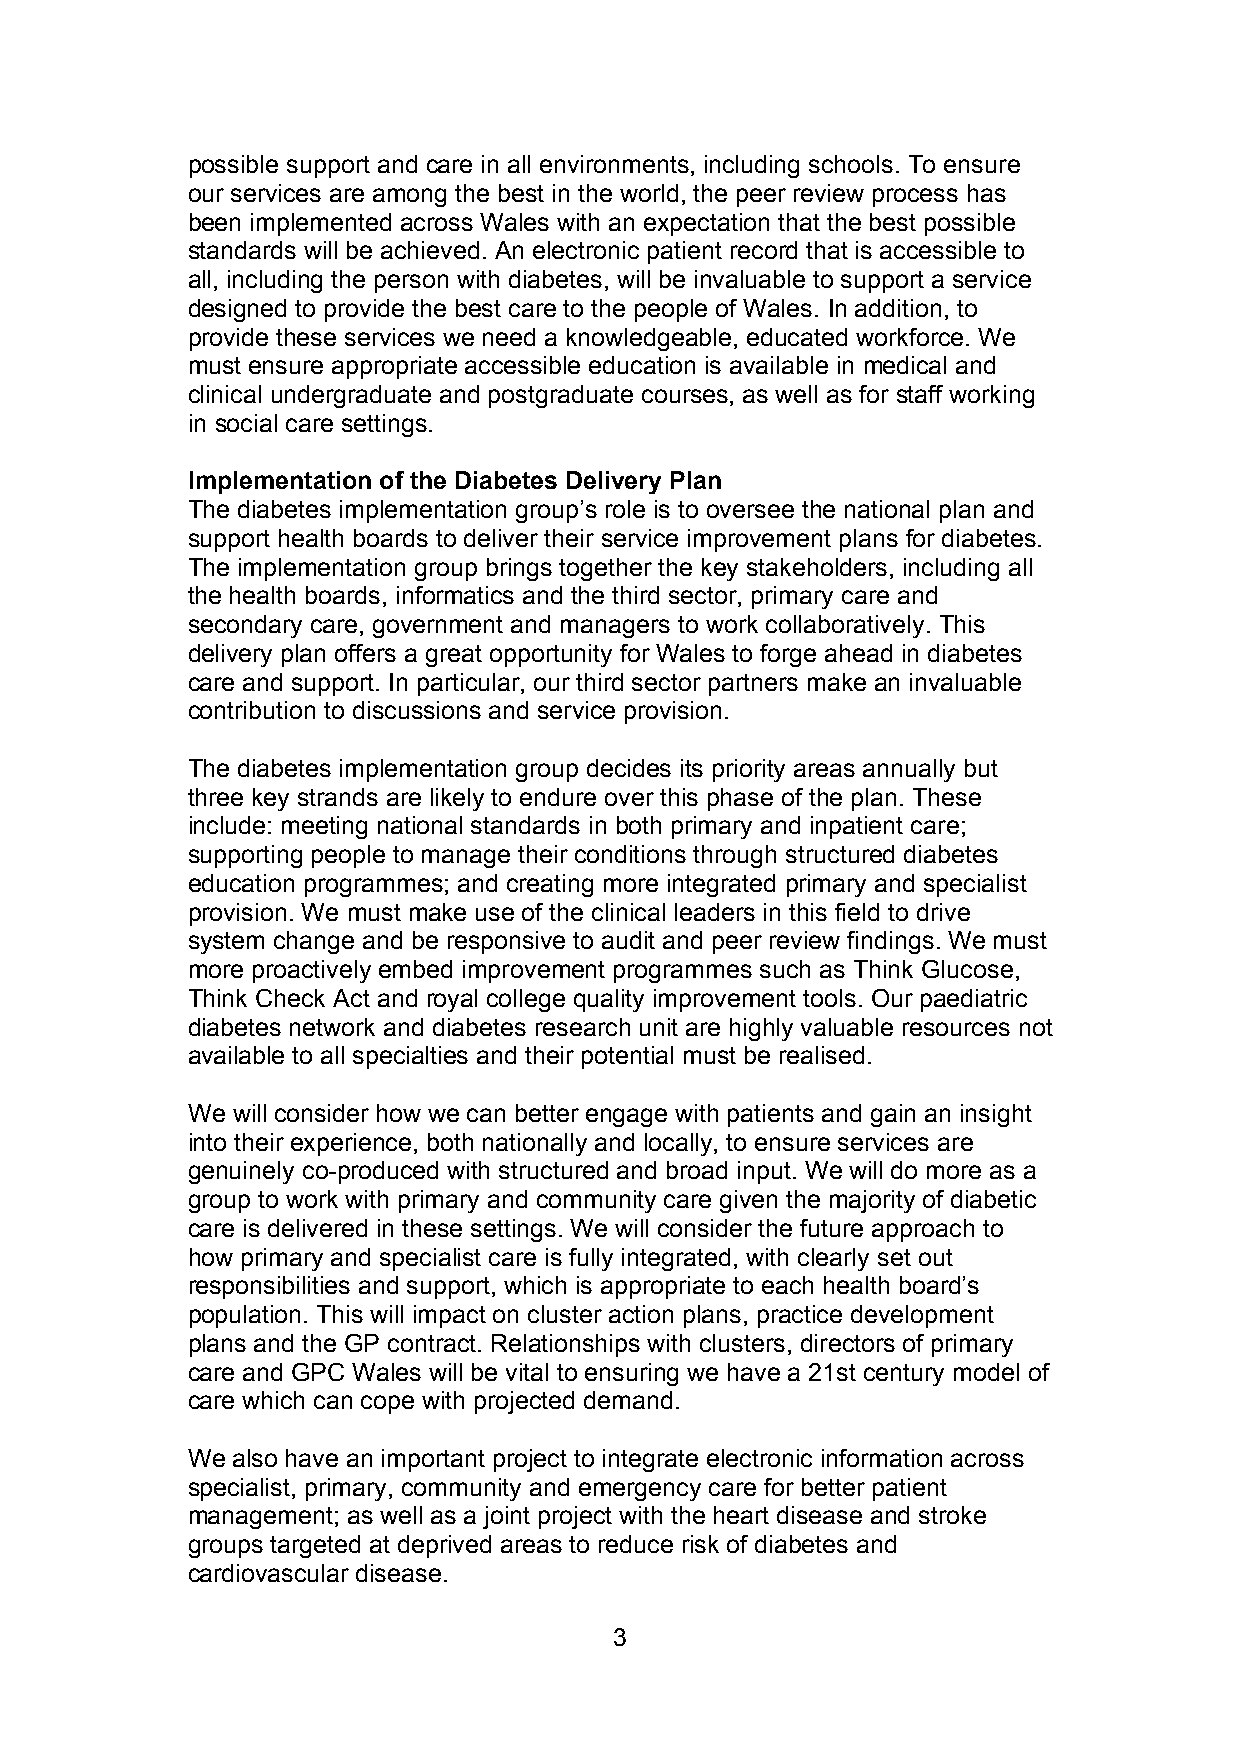
possible support and care in all environments, including schools. To ensure
 our services are among the best in the world,the peer review process has
 been implemented across Wales with an expectation that the best possible
 standards will be achieved. An electronic patient record that is accessible to
 all, including the person with diabetes, will be invaluable to support a service
 designed to provide the best care to the people of Wales. In addition, to
 provide these services we need a knowledgeable, educated workforce. We
 must ensure appropriate accessible education is available in medical and
 clinical undergraduate and postgraduate courses, as well as for staff working
 in social care settings.
 Implementation of the Diabetes Delivery Plan
 The diabetes implementation group’s role is to oversee the national plan and
 support health boards to deliver their service improvement plans for diabetes.
 The implementation group brings together the key stakeholders, including all
 the health boards, informatics and the third sector, primary care and
 secondary care, government and managers to work collaboratively. This
 delivery plan offers a great opportunity for Wales to forge ahead in diabetes
 care and support. In particular, our third sector partners make an invaluable
 contribution to discussions and service provision.
 The diabetes implementation group decides its priority areas annually but
 three key strands are likely to endure over this phase of the plan. These
 include: meeting national standards in both primary and inpatient care;
 supporting people to manage their conditions through structured diabetes
 education programmes; and creating more integrated primary and specialist
 provision. We must make use of the clinical leaders in this field to drive
 system change and be responsive to audit and peer review findings. We must
 more proactively embed improvement programmes such as Think Glucose,
 Think Check Act and royal college quality improvement tools. Our paediatric
 diabetes network and diabetes research unit are highly valuable resources not
 available to all specialties and their potential must be realised.
 We will consider how we can better engage with patients and gain an insight
 into their experience, both nationally and locally, to ensure services are
 genuinely co-produced with structured and broad input. We will do more as a
 group to work with primary and community care given the majority of diabetic
 care is delivered in these settings. We will consider the future approach to
 how primary and specialist care is fully integrated, with clearly set out
 responsibilities and support, which is appropriate to each health board’s
 population. This will impact on cluster action plans, practice development
 plans and the GP contract. Relationships with clusters, directors of primary
 care and GPC Wales will be vital to ensuring we have a 21st century model of
 care which can cope with projected demand.
 We also have an important project to integrate electronic information across
 specialist, primary, community and emergency care for better patient
 management; as well as a joint project with the heart disease and stroke
 groups targeted at deprived areas to reduce risk of diabetes and
 cardiovascular disease.
 3